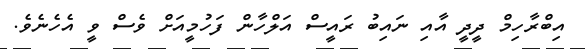
އިބްރާހިމް ދީދީ އާއި ނައިބު ރައީސް އަލްހާން ފަހުމީއަށް ވެސް ވީ އެހެނެވެ.